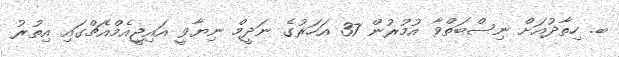
ބ. ހިތާދުއަށް ނިސްބަތްވާ އުމުރުން 37 އަހަރުގެ ނަދީމް ނިޔާވީ އައިޖީއެމްއެޗްގައި އިތުރު